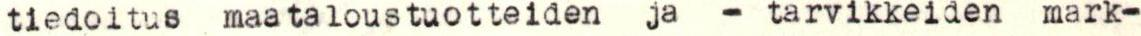
tiedoitus maataloustuotteiden ja - tarvikkeiden mark-